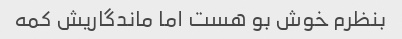
بنظرم خوش بو هست اما ماندگاریش کمه